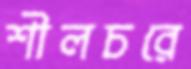
শীলচরে